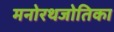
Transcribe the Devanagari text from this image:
मनोरथजोतिका